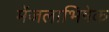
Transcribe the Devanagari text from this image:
मेंजलाभिषेक